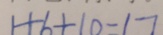
1 + 6 + 1 0 = 1 7